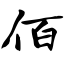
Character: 佰